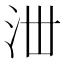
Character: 𣳘